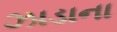
ઝાડાના